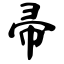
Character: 帚